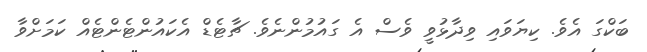
ބަކްގަ އެވެ. ކިޔަވައި ވިދާޅުވީ ވެސް އެ ގައުމުންނެވެ. ޗާޓެޑް އެކައުންޓެންޓެއް ކަމަށްވާ